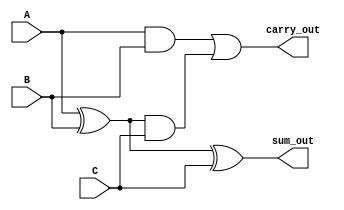
module carry_save_adder (
    input [3:0] A, // First operand
    input [3:0] B, // Second operand
    input [3:0] C, // Third operand
    output [3:0] sum_out, // Sum output from CSA
    output [3:0] carry_out // Carry output from CSA
);

    wire [3:0] sum1, sum2;
    wire [3:0] carry1, carry2;

    // Full Adder for A and B
    assign sum1 = A ^ B; // Sum of A and B
    assign carry1 = A & B; // Carry from A and B

    // Full Adder for sum1 and C
    assign sum_out = sum1 ^ C; // Final sum output
    assign carry_out = carry1 | (sum1 & C); // Final carry output

endmodule